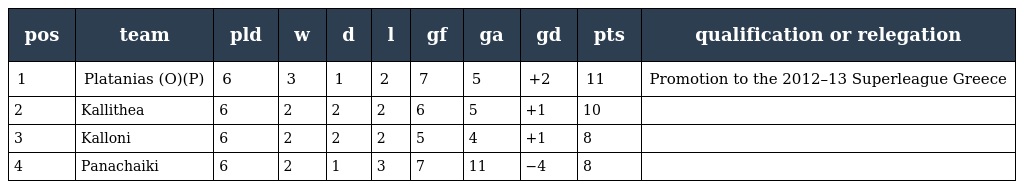
| pos | team | pld | w | d | l | gf | ga | gd | pts | qualification or relegation |
 | --- | --- | --- | --- | --- | --- | --- | --- | --- | --- | --- |
 | 1 | Platanias (O)(P) | 6 | 3 | 1 | 2 | 7 | 5 | +2 | 11 | Promotion to the 2012–13 Superleague Greece |
 | 2 | Kallithea | 6 | 2 | 2 | 2 | 6 | 5 | +1 | 10 |  |
 | 3 | Kalloni | 6 | 2 | 2 | 2 | 5 | 4 | +1 | 8 |  |
 | 4 | Panachaiki | 6 | 2 | 1 | 3 | 7 | 11 | −4 | 8 |  |